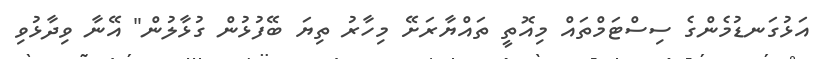
އަޅުގަނޑުމެންގެ ސިސްޓަމްތައް މިއޮތީ ތައްޔާރަށޭ މިހާރު ތިޔަ ބޭފުޅުން ގުޅާލުން" އޭނާ ވިދާޅުވި